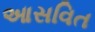
આસવિત